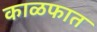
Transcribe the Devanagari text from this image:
काळफात